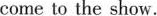
come to the show.